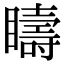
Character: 𥌆